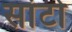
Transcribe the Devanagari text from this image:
सांटो